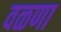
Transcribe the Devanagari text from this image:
वळणा